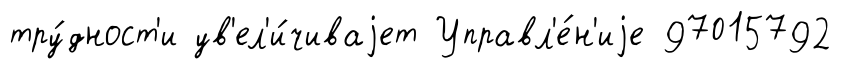
тру́дност'и ув'ел'и́чиваjет Управл'е́н'иjе 97015792